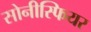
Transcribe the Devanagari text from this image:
सोनीस्फियर